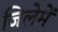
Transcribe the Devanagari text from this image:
जिलेमें